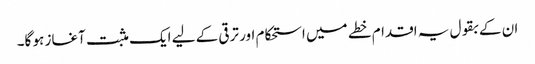
ان کے بقول یہ اقدام خطے میں استحکام اور ترقی کے لیے ایک مثبت آغاز ہو گا۔